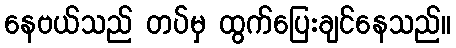
နေဗယ်သည် တပ်မှ ထွက်ပြေးချင်နေသည်။